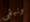
ونبقى